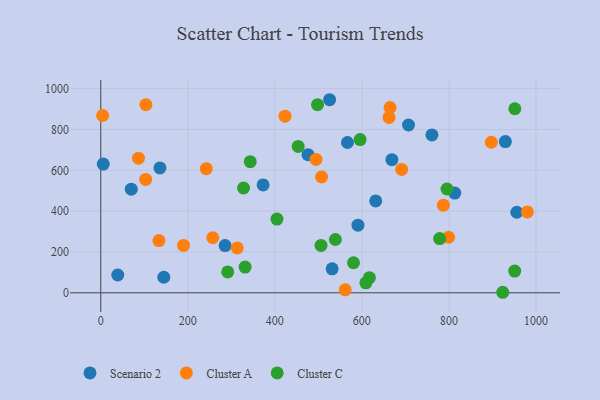
{"axis": {"x": "Price", "y": "Exam Score"}, "legend": ["Cluster A", "Cluster C", "Scenario 2"], "data": [{"x": "531.7", "y": 117.5, "type": "Scenario 2"}, {"x": "476.3", "y": 676.6, "type": "Scenario 2"}, {"x": "956.0", "y": 394.5, "type": "Scenario 2"}, {"x": "525.9", "y": 945.7, "type": "Scenario 2"}, {"x": "707.2", "y": 822.0, "type": "Scenario 2"}, {"x": "144.9", "y": 76.2, "type": "Scenario 2"}, {"x": "591.0", "y": 331.2, "type": "Scenario 2"}, {"x": "285.7", "y": 231.5, "type": "Scenario 2"}, {"x": "929.7", "y": 740.8, "type": "Scenario 2"}, {"x": "761.0", "y": 773.2, "type": "Scenario 2"}, {"x": "813.5", "y": 488.4, "type": "Scenario 2"}, {"x": "39.1", "y": 87.2, "type": "Scenario 2"}, {"x": "669.0", "y": 652.1, "type": "Scenario 2"}, {"x": "631.8", "y": 449.9, "type": "Scenario 2"}, {"x": "5.8", "y": 630.4, "type": "Scenario 2"}, {"x": "136.0", "y": 611.6, "type": "Scenario 2"}, {"x": "70.1", "y": 507.4, "type": "Scenario 2"}, {"x": "566.9", "y": 736.1, "type": "Scenario 2"}, {"x": "373.1", "y": 528.4, "type": "Scenario 2"}, {"x": "86.7", "y": 659.3, "type": "Cluster A"}, {"x": "897.4", "y": 737.5, "type": "Cluster A"}, {"x": "103.2", "y": 555.1, "type": "Cluster A"}, {"x": "242.5", "y": 608.1, "type": "Cluster A"}, {"x": "507.5", "y": 567.1, "type": "Cluster A"}, {"x": "190.1", "y": 232.0, "type": "Cluster A"}, {"x": "133.7", "y": 256.0, "type": "Cluster A"}, {"x": "313.6", "y": 219.9, "type": "Cluster A"}, {"x": "664.7", "y": 907.6, "type": "Cluster A"}, {"x": "103.7", "y": 921.4, "type": "Cluster A"}, {"x": "257.4", "y": 269.6, "type": "Cluster A"}, {"x": "561.7", "y": 14.4, "type": "Cluster A"}, {"x": "423.4", "y": 865.2, "type": "Cluster A"}, {"x": "662.4", "y": 859.1, "type": "Cluster A"}, {"x": "494.7", "y": 653.3, "type": "Cluster A"}, {"x": "691.5", "y": 604.4, "type": "Cluster A"}, {"x": "799.3", "y": 272.0, "type": "Cluster A"}, {"x": "980.3", "y": 396.0, "type": "Cluster A"}, {"x": "787.3", "y": 429.1, "type": "Cluster A"}, {"x": "4.3", "y": 868.5, "type": "Cluster A"}, {"x": "617.3", "y": 74.3, "type": "Cluster C"}, {"x": "498.1", "y": 921.7, "type": "Cluster C"}, {"x": "331.7", "y": 126.1, "type": "Cluster C"}, {"x": "609.2", "y": 49.1, "type": "Cluster C"}, {"x": "795.6", "y": 508.5, "type": "Cluster C"}, {"x": "539.2", "y": 261.0, "type": "Cluster C"}, {"x": "923.7", "y": 2.6, "type": "Cluster C"}, {"x": "951.2", "y": 106.6, "type": "Cluster C"}, {"x": "580.8", "y": 147.2, "type": "Cluster C"}, {"x": "343.5", "y": 642.2, "type": "Cluster C"}, {"x": "453.6", "y": 716.8, "type": "Cluster C"}, {"x": "951.5", "y": 901.4, "type": "Cluster C"}, {"x": "778.7", "y": 265.4, "type": "Cluster C"}, {"x": "595.9", "y": 750.5, "type": "Cluster C"}, {"x": "404.9", "y": 360.9, "type": "Cluster C"}, {"x": "328.1", "y": 513.3, "type": "Cluster C"}, {"x": "506.2", "y": 232.3, "type": "Cluster C"}, {"x": "291.7", "y": 102.5, "type": "Cluster C"}]}